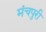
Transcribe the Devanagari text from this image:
मंचपुरी